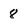
Character: 8